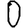
Digit: 0